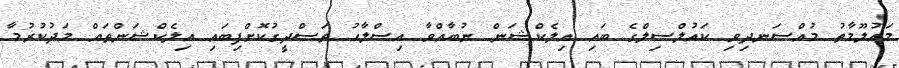
މައުލޫމާތު މުއްސަނދިވި ކައުލްސިލްގެ ބައި އިލެކްޝަން ނުބާއްވާ އިސްލާހު ތަސްދީގުކޮށްފިބައި އިލެކްޝަންތައް މަދުކުރުމާ